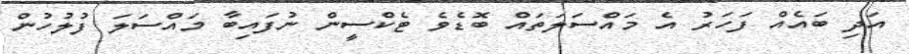
އަދި ބައެއް ފަހަރު އެ މައްސަލަތައް ބޮޑެވެ ޓެކްސީން ނުފައިބާ މައްސަލަ ފުލުހުން